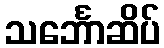
သင်္ဘောဆိပ်